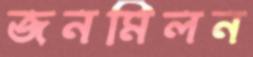
জনমিলন